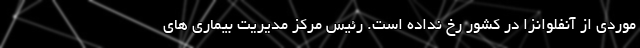
موردی از آنفلوانزا در کشور رخ نداده است. رئیس مرکز مدیریت بیماری های